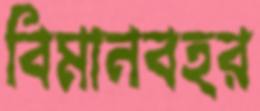
বিমানবহর